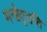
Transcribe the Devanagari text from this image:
मनोवृतत्ति